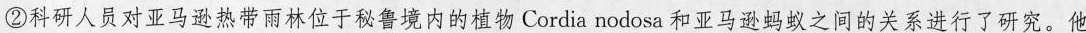
②科研人员对亚马逊热带雨林位于秘鲁境内的植物Cordia nodosa和亚马逊蚂蚁之间的关系进行了研究。他